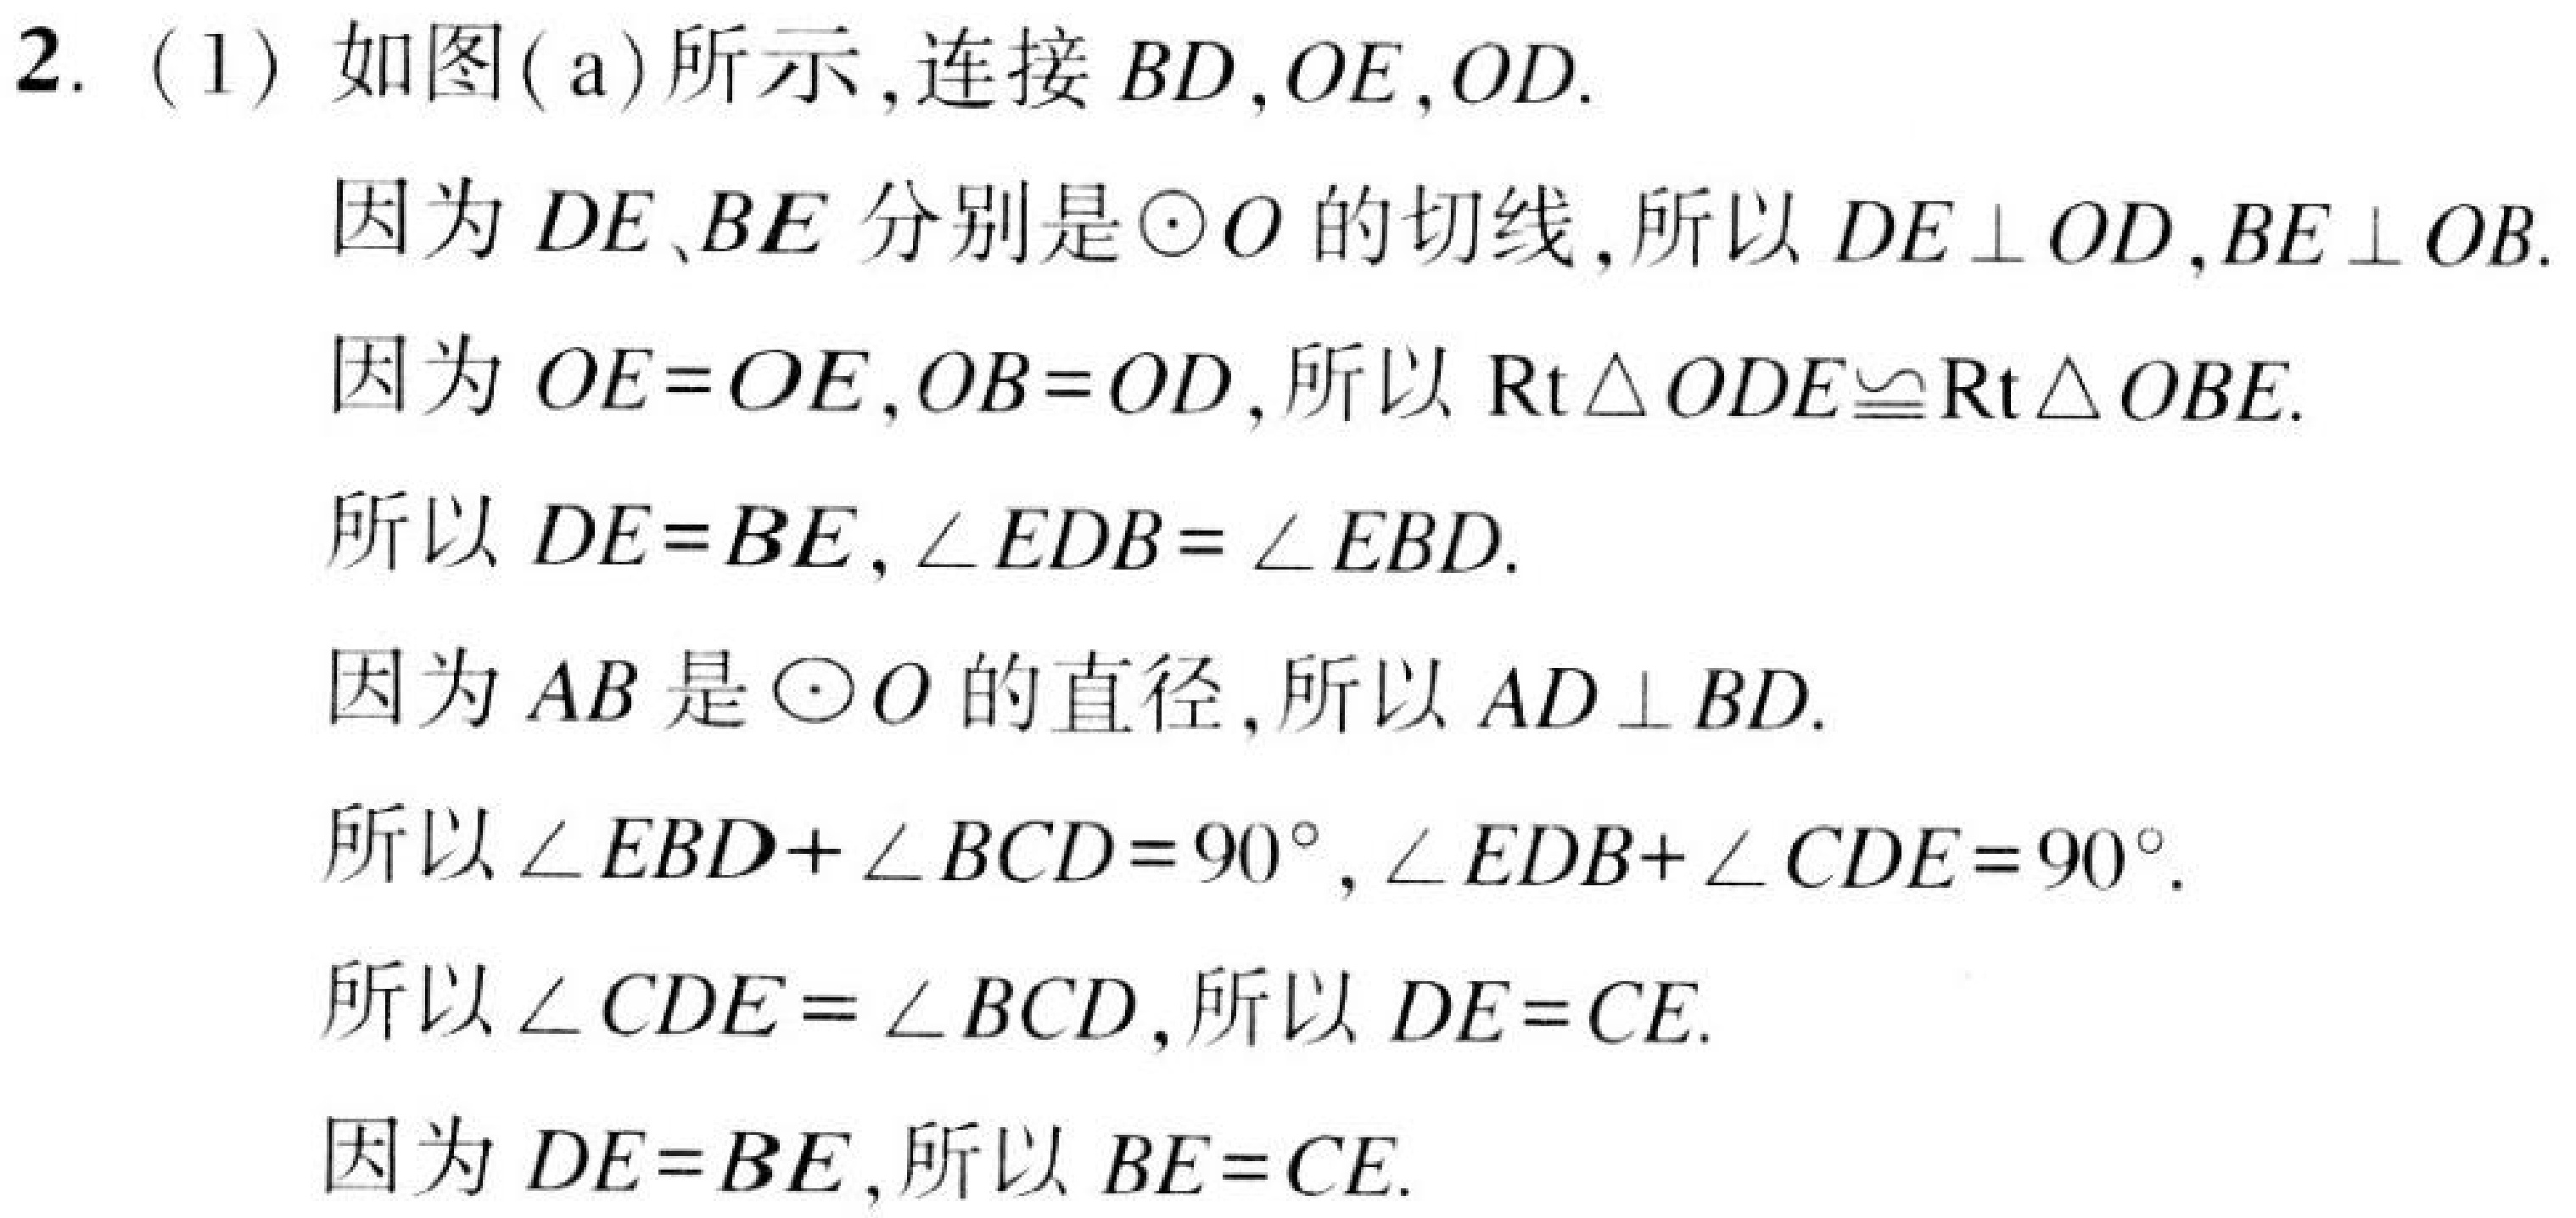
2. (1) 如图(\(a\))所示,连接 \(BD\),\(OE\),\(OD\).
因为 \(DE\)、\(BE\) 分别是\(\odot O\) 的切线,所以 \(DE\perp OD\),\(BE\perp OB\).
因为 \(OE = OE\),\(OB = OD\),所以 \(\mathrm{Rt}\triangle ODE\cong\mathrm{Rt}\triangle OBE\).
所以 \(DE = BE\),\(\angle EDB=\angle EBD\).
因为 \(AB\) 是\(\odot O\) 的直径,所以 \(AD\perp BD\).
所以 \(\angle EBD+\angle BCD = 90^{\circ}\),\(\angle EDB+\angle CDE = 90^{\circ}\).
所以 \(\angle CDE=\angle BCD\),所以 \(DE = CE\).
因为 \(DE = BE\),所以 \(BE = CE\).